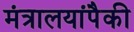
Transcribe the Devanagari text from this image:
मंत्रालयांपैकी